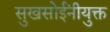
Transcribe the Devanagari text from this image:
सुखसोईंनीयुक्त